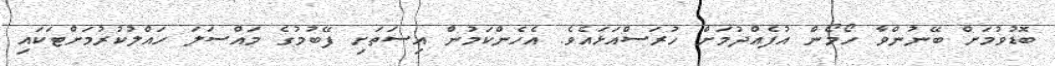
ބޮޑުވުމަށް ބޭނުންވާ ހޯމޯން އުފެއްދުމަށް ހުރަސްއަޅައެވެ. އެހެންކަމުން އިސަތަށި ފޭބުމުގެ މައްސަލަ ހައްލުކުރުމަށްޓަކައި